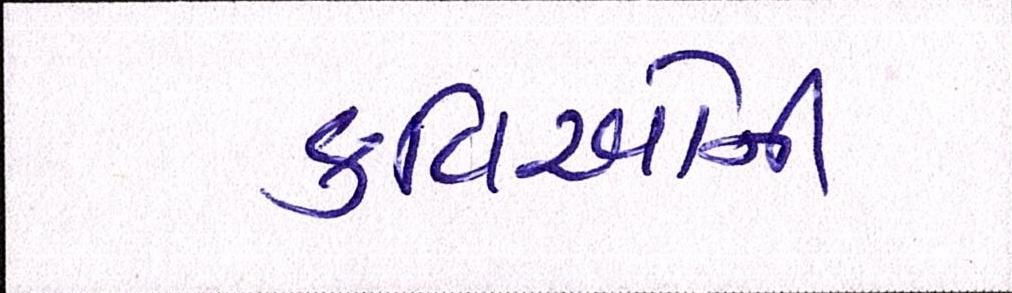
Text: કવિઓની